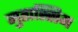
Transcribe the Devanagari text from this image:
मुतास्सिम